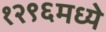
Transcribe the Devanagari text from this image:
१२९६मध्ये